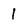
Character: 1